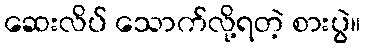
ဆေးလိပ် သောက်လို့ရတဲ့ စားပွဲ။